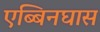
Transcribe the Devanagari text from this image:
एब्बिनघास